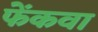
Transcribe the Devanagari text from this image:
फेंकवा